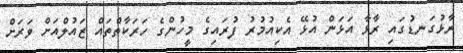
ރާޅުގަނޑުގައި ރާޅާ އަޅަން އުޅޭ އެކިއުމުރު ފުރައިގެ މީހުންގެ ހަރަކާތްތައް ޒައުލްއަށް ވަރަށް